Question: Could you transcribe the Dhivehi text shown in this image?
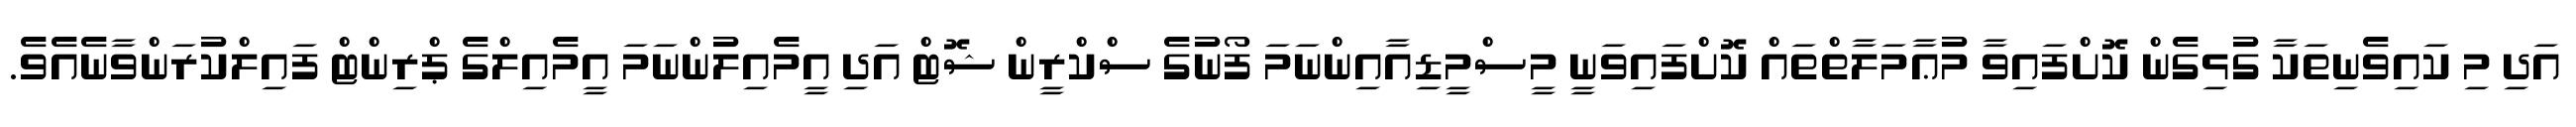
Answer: އަދި މި ކައިވެނިތަކާ ގުޅިގެން ކޮށްފައިވާ މުޢާމަލާތްތައް ކޮށްފައިވަނީ މީސްމީޑިއާއިންނަމަ ފޯނުގެ ސްކްރީން ޝޮޓް އަދި އީމެއިލުންނަމަ އީމެއިލްގެ ޕްރިންޓް ފައިލްކުރަންވާނެއެވެ.